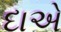
દાએ